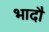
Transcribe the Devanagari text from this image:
भादौ